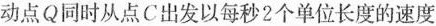
动点Q同时从点C出发以每秒2个单位长度的速度